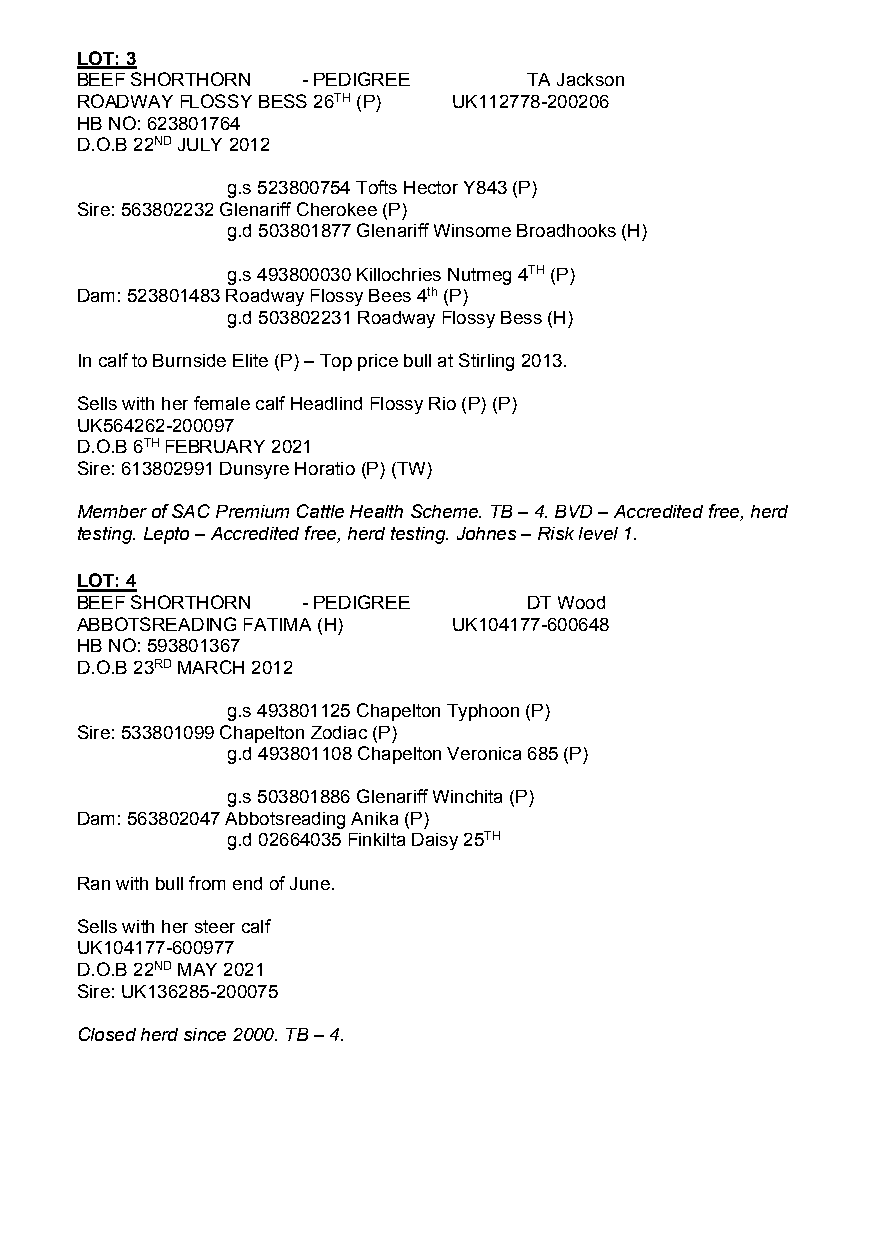
LOT: 3
 BEEF SHORTHORN - PEDIGREE     TA Jackson
 ROADWAY FLOSSY BESS 26TH (P) UK112778-200206
 HB NO: 623801764
 D.O.B 22ND JULY 2012
 g.s 523800754 Tofts Hector Y843 (P)
 Sire: 563802232 Glenariff Cherokee (P)
 g.d 503801877 Glenariff Winsome Broadhooks (H)
 g.s 493800030 Killochries Nutmeg 4TH (P)
 Dam: 523801483 Roadway Flossy Bees 4th (P)
 g.d 503802231 Roadway Flossy Bess (H)
 In calf to Burnside Elite (P) – Top price bull at Stirling 2013.
 Sells with her female calf Headlind Flossy Rio (P) (P)
 UK564262-200097
 D.O.B 6TH FEBRUARY 2021
 Sire: 613802991 Dunsyre Horatio (P) (TW)
 Member of SAC Premium Cattle Health Scheme. TB – 4. BVD – Accredited free, herd
 testing. Lepto – Accredited free, herd testing. Johnes – Risk level 1.
 LOT: 4
 BEEF SHORTHORN - PEDIGREE     DT Wood
 ABBOTSREADING FATIMA (H) UK104177-600648
 HB NO: 593801367
 D.O.B 23RD MARCH 2012
 g.s 493801125 Chapelton Typhoon (P)
 Sire: 533801099 Chapelton Zodiac (P)
 g.d 493801108 Chapelton Veronica 685 (P)
 g.s 503801886 Glenariff Winchita (P)
 Dam: 563802047 Abbotsreading Anika (P)
 g.d 02664035 Finkilta Daisy 25TH
 Ran with bull from end of June.
 Sells with her steer calf
 UK104177-600977
 D.O.B 22ND MAY 2021
 Sire: UK136285-200075
 Closed herd since 2000. TB – 4.